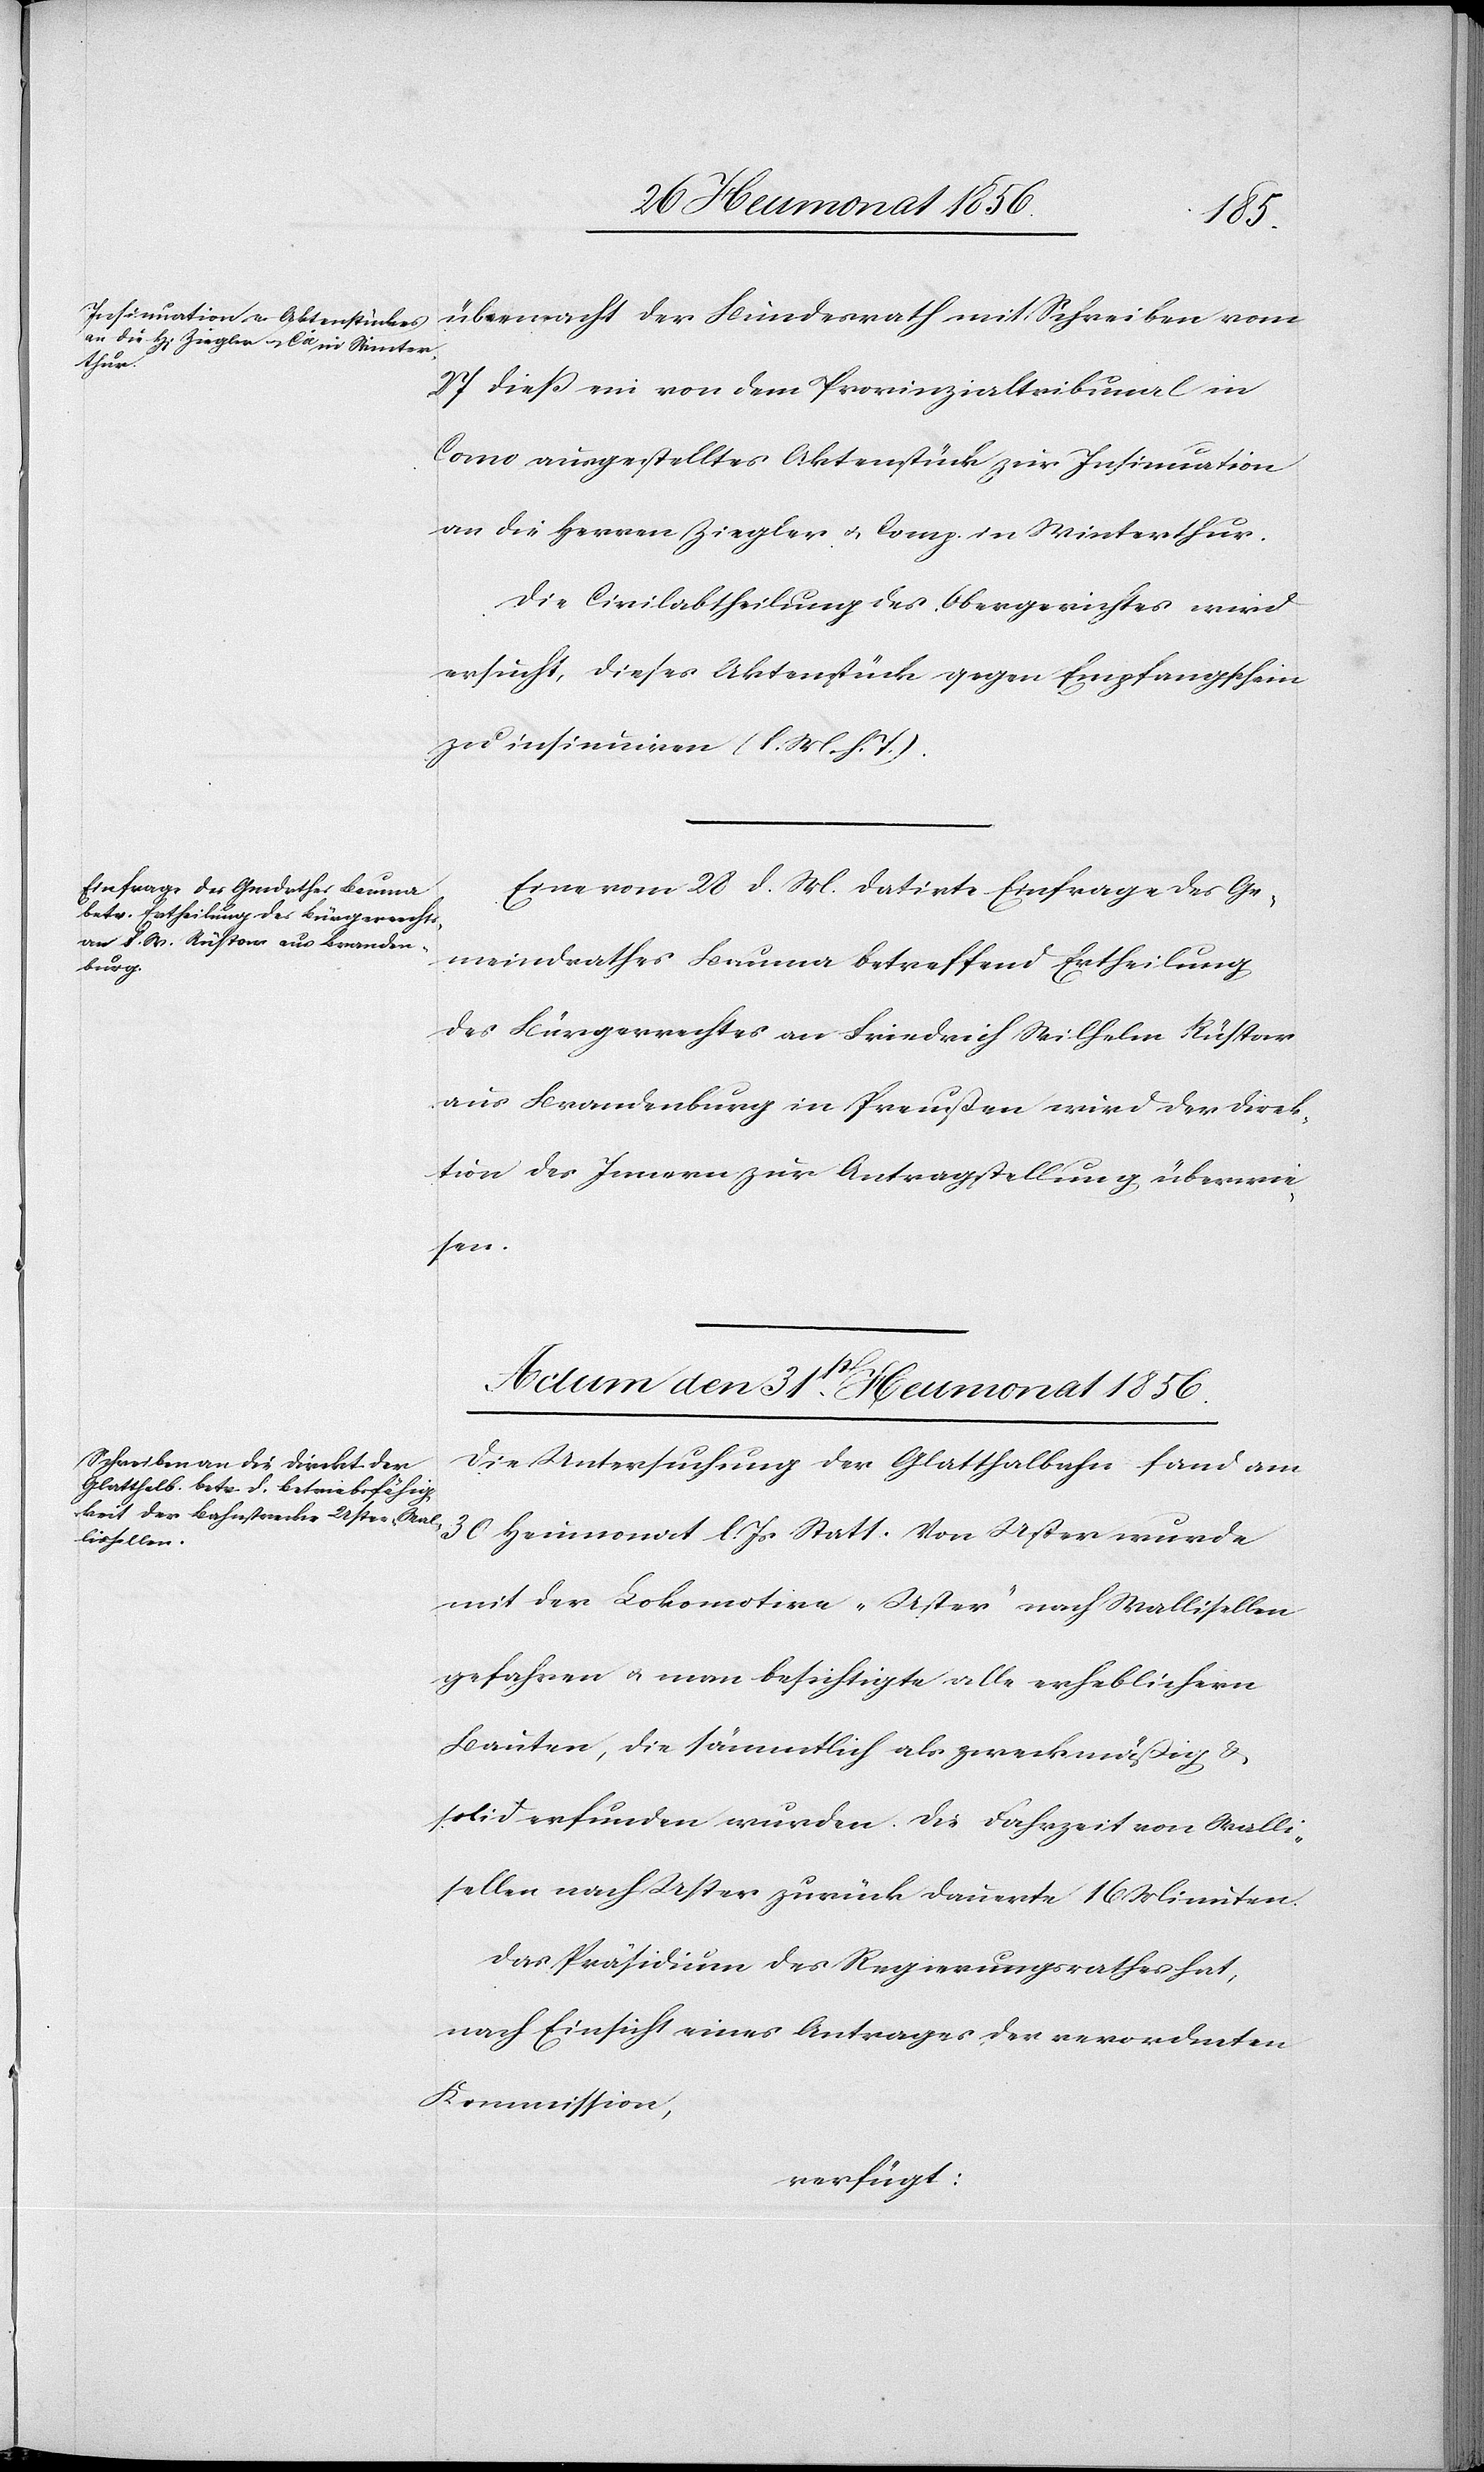
27 diess ein von dem Provinzialtribunal in
Como ausgestelltes Aktenstück zur Insinuation
an die Herren Ziegler u. Comp. in Winterthur.
Die Civilabtheilung des Obergerichtes wird
ersucht, dieses Aktenstück gegen Empfangschein
zu insinuiren (l. M. h. T.).
Eine vom 28 d. Mts datirte Einfrage des Ge¬
meindrathes Bauma betreffend Ertheilung
des Bürgerrechtes an Friedrich Wilhelm Rüstow
aus Brandenburg in Preußen wird der Direk¬
tion des Innern zur Antragstellung überwie¬
sen.
Actum den 31st Heumonat 1856.
Die Untersuchung der Glatthalbahn fand am
30 Heumonat l. Js Statt. Von Uster wurde
mit der Lokomotive „Uster" nach Wallisellen
gefahren u. man besichtigte alle erheblichern
Bauten, die sämmtlich als zweckmäßig &
solid erfunden wurden. Die Fahrzeit von Walli¬
sellen nach Uster zurück dauerte 16 Minuten.
Das Präsidium des Regierungsrathes hat,
nach Einsicht eines Antrages der verordneten
Kommission,
verfügt: